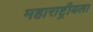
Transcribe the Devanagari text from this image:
महाराष्ट्रीयला